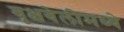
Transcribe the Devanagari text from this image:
वृक्षवेलीमध्ये